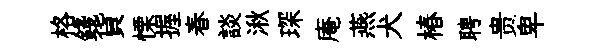
格錢貨慄握春談湫琛庵燕犬椿聘贵卑